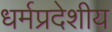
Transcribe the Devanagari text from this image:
धर्मप्रदेशीय